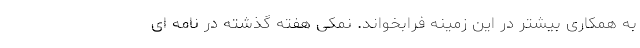
به همکاری بیشتر در این زمینه فرابخواند. نمکی هفته گذشته در نامه ای